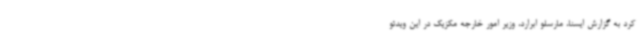
کرد به گزارش ایسنا، مارسلو ابرارد، وزیر امور خارجه مکزیک در این ویدئو